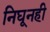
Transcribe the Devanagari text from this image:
निघूनही